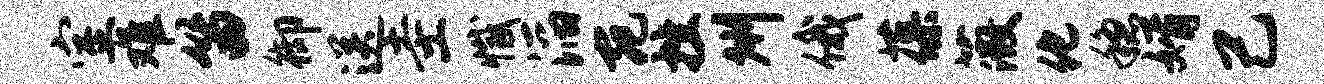
室难笛御送圭撼滔宛挫州俄葆薇化稳婿己